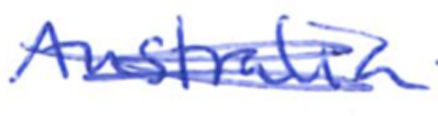
Text: Australia
Cross-out: mix
Writing tool: ballpoint